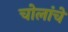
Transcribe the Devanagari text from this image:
चोलांचे